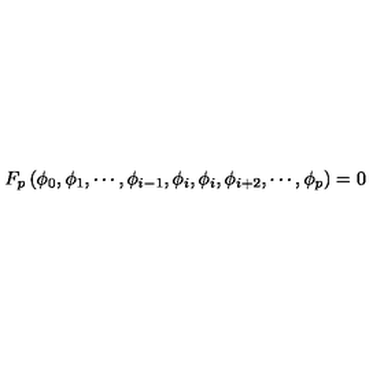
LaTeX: F _ { p } \left( \phi _ { 0 } , \phi _ { 1 } , \cdots , \phi _ { i - 1 } , \phi _ { i } , \phi _ { i } , \phi _ { i + 2 } , \cdots , \phi _ { p } \right) = 0